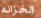
الخزانه